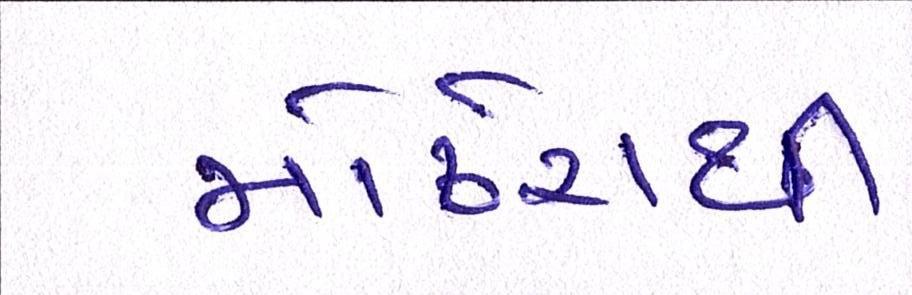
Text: મોઢેરાથી